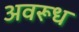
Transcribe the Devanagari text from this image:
अवरूध